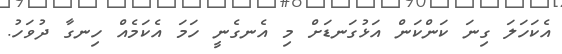
އެކަހަލަ ގިނަ ކަންކަން އަޅުގަނޑަށް މި އެނގެނީ ހަމަ އެކަމެއް ހިނގާ ދުވަހު.